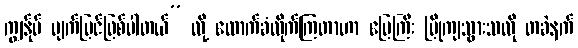
ကျွန်ုပ် မျက်မြင်ဖြစ်ပါတယ်” လို့ ထောက်ခံလိုက်ကြတာဟာ မြေကြီး ပြိုကျသွားသလို တခဲနက်